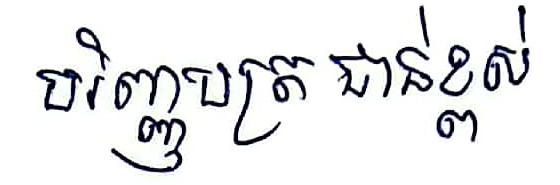
បរិញ្ញបត្រជាន់ខ្ពស់